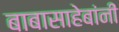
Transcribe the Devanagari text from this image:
बाबासाहेबांनीं